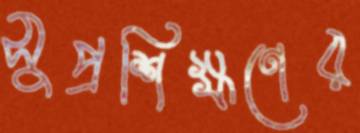
সুপ্রশিক্ষণের